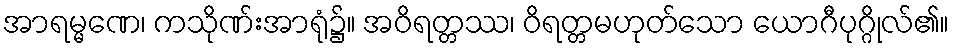
အာရမ္မဏေ၊ ကသိုဏ်းအာရုံ၌။ အဝိရတ္တဿ၊ ဝိရတ္တမဟုတ်သော ယောဂီပုဂ္ဂိုလ်၏။